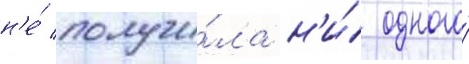
н'е́ получи́ла н'и́ одного́